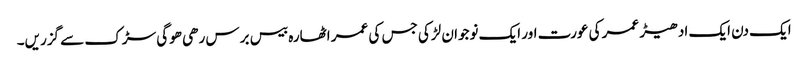
ایک دن ایک ادھیڑ عمر کی عورت اور ایک نوجوان لڑکی جس کی عمر اٹھارہ بیس برس رھی ھوگی سڑک سے گزریں۔